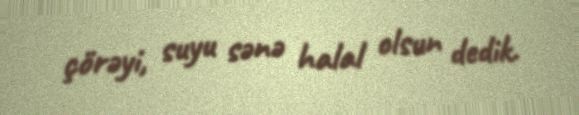
çörəyi, suyu sənə halal olsun dedik.